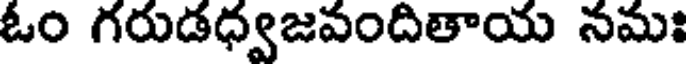
ఓం గరుడధ్వజవందితాయ నమః